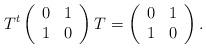
LaTeX: \begin{align*}T^{t}\left (\begin{array}{cc}0 & 1\\ 1 & 0 \end{array}\right )T=\left (\begin{array}{cc}0 & 1\\ 1 & 0 \end{array}\right ).\end{align*}